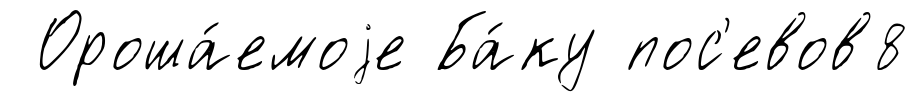
Ороша́емоjе Ба́ку пос'евов8